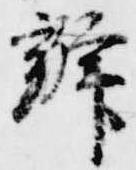
弁